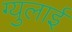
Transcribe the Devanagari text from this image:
ग्युलाई